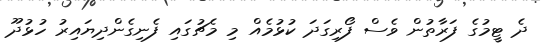
ދެ ޓީމުގެ ފަރާތުން ވެސް ފޯރިގަދަ ކުޅުމެއް މި މެޗުގައި ފެނިގެންދިޔައިރު ހުޅުދޫ